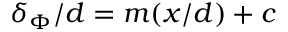
\delta _ { \Phi } / d = m ( x / d ) + c